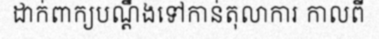
ដាក់ពាក្យបណ្តឹងទៅកាន់តុលាការ កាលពី